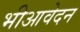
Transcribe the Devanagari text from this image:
भीआवेदन